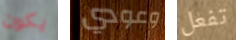
يكون وعودي تفعل